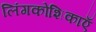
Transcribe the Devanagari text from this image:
लिंगकोशिकाएँ